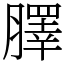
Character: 䐾